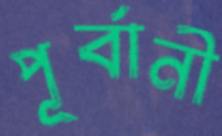
পূর্বানী